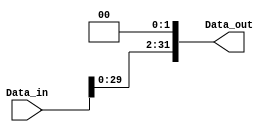
`timescale 1ns/1ns

module Shift2 (Data_in, Data_out);

    input [31:0] Data_in;
    output reg [31:0] Data_out;

    always@(Data_in)
        Data_out <= Data_in << 2;

endmodule